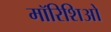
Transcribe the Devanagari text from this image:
मॉरिशिओ